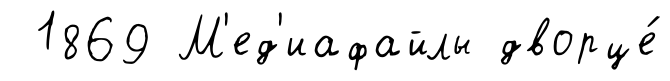
1869 М'ед'иафайлы дворце́